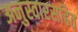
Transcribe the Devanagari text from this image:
अनुस्वारसहित